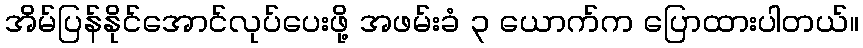
အိမ်ပြန်နိုင်အောင်လုပ်ပေးဖို့ အဖမ်းခံ ၃ ယောက်က ပြောထားပါတယ်။